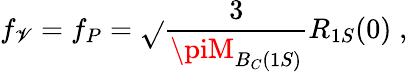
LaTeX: f_{\mathscr{V}}=f_{P}=\sqrt{}{{\frac{{3}}{{\piM_{B_{C}(1S)}}}}}R_{1S}(0)\; ,